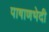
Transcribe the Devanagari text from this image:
पाषाणभेदी